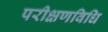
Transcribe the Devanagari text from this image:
परीक्षणविधि